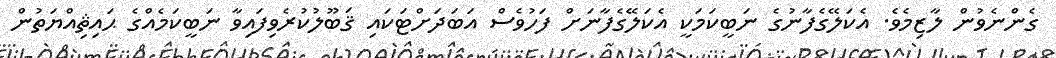
ގެންނެވުން ލާޒިމެވެ. އެކަލޭގެފާނުގެ ނަބީކަމަކީ އެކަލޭގެފާނަށް ފަހުވެސް އަބަދަށްޓަކައި ޤަބޫލުކުރެވިފައިވާ ނަބީކަމެއްގެ ޙައިޘިއްޔަތުން